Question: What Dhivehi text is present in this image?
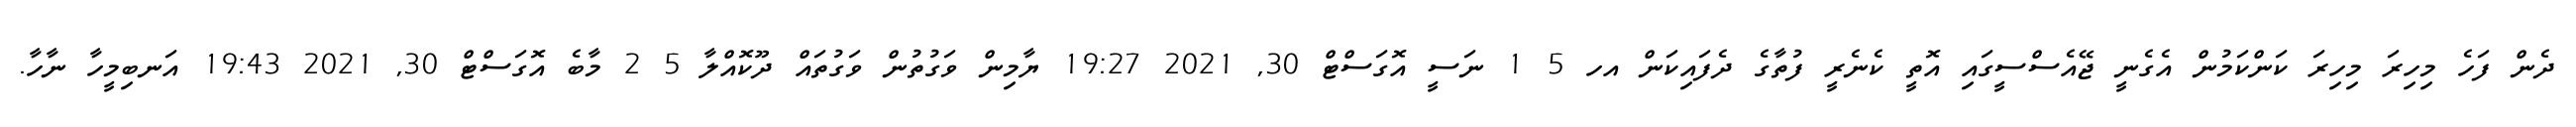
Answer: ދެން ފަހެ މިހިރަ މިހިރަ ކަންކަމުން އެގެނީ ޖޭއެސްސީގައި އޮތީ ކެނެރީ ފުތާގެ ދެފައިކަން އހ 5 1 ނަސީ އޮގަސްޓް 30, 2021 19:27 ޔާމިން ވަގުތުން ވަގުތައް ދޫކޮއްލާ 5 2 މާބެ އޮގަސްޓް 30, 2021 19:43 އަނބިމީހާ ނާހާ.